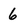
Character: 6